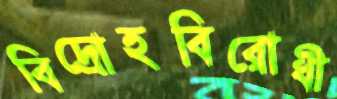
বিদ্রোহবিরোধী